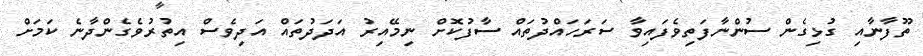
ތޫފާނާއި ގުޅިގެން ސުންނާފަތިވެފައިވާ ސަރަހައްދުތައް ސާފުކޮށް ނިމޭއިރު އަދަދުތައް އަދިވެސް އިތުރުވެގެންދާނެ ކަމަށް